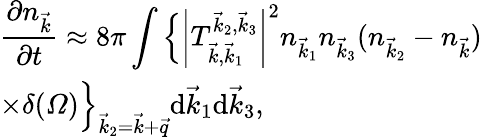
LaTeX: \begin{array}{l}{\displaystyle\frac{\partial n_{\vec{k}}}{\partial t}\approx 8\pi\int\Big\{ \left|T_{\vec{k},\vec{k}_{1}}^{\vec{k}_{2},\vec{k}_{3}}\right|^{2}n_{\vec{k}_{1}}n_{\vec{k}_{3}}(n_{\vec{k}_{2}}-n_{\vec{k}})}\\ {\displaystyle\times\delta(\varOmega)\Big\} _{\vec{k}_{2}=\vec{k}+\vec{q}}\mathrm d\vec{k}_{1}\mathrm d\vec{k}_{3},}\end{array}